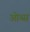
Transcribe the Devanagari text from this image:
ओब्स